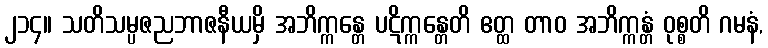
၂၁၄။ သတိသမ္ပဇညဘာဇနီယမှိ အဘိက္ကန္တေ ပဋိက္ကန္တေတိ ဧတ္ထ တာဝ အဘိက္ကန္တံ ဝုစ္စတိ ဂမနံ,